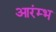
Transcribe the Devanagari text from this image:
आरंम्भ